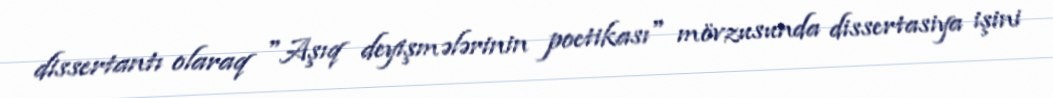
dissertantı olaraq "Aşıq deyişmələrinin poetikası" mövzusunda dissertasiya işini